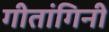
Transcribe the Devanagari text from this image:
गीतांगिनी